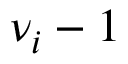
\nu _ { i } - 1